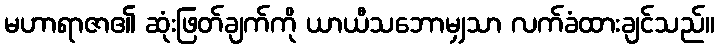
မဟာရာဇာ၏ ဆုံးဖြတ်ချက်ကို ယာယီသဘောမျှသာ လက်ခံထားချင်သည်။